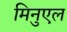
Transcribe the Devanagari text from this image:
मिनुएल